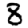
Digit: 8